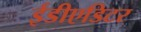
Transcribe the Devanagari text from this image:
ईडीएडिटर